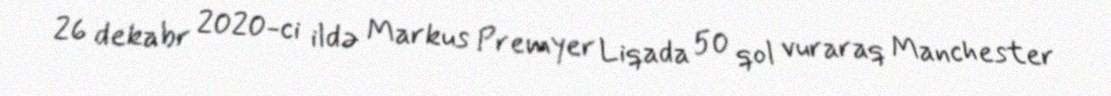
26 dekabr 2020-ci ildə Markus Premyer Liqada 50 qol vuraraq Manchester